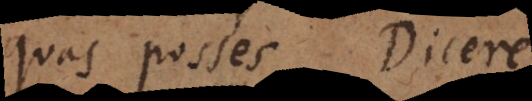
quos posses dicere